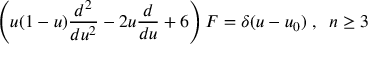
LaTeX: \left( u ( 1 - u ) \frac { d ^ { 2 } } { d u ^ { 2 } } - 2 u \frac { d } { d u } + 6 \right) F = \delta ( u - u _ { 0 } ) \; , \; \; n \geq 3